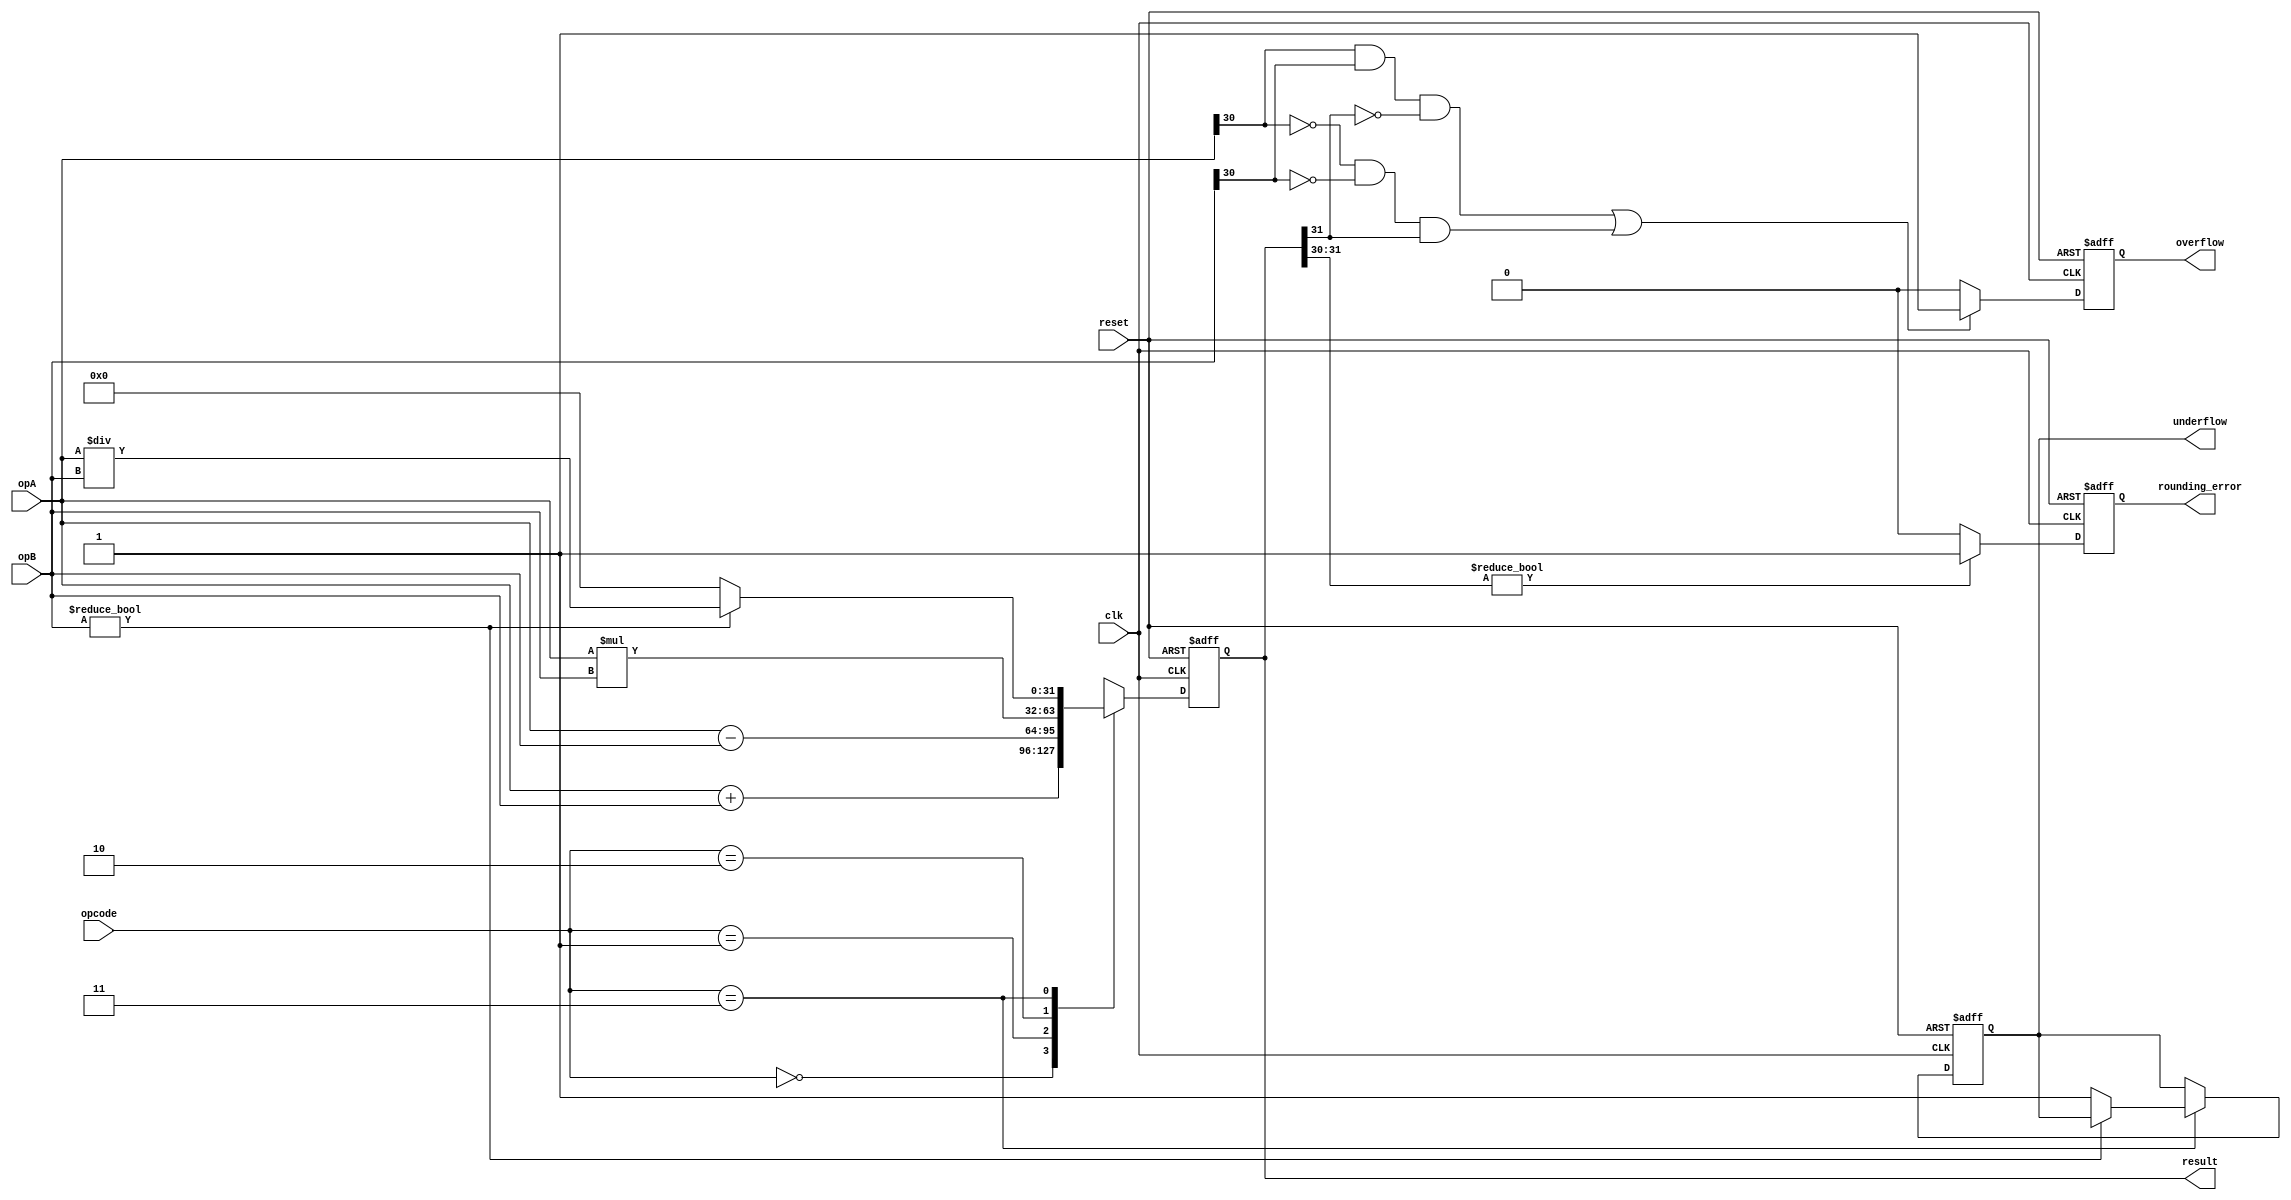
module ap_fpu(
    input wire clk,
    input wire reset,
    input wire [31:0] opA,
    input wire [31:0] opB,
    input wire [1:0] opcode,
    output wire [31:0] result,
    output reg overflow,
    output reg underflow,
    output reg rounding_error
);

reg [31:0] temp_result;

always @(posedge clk or posedge reset) begin
    if (reset) begin
        temp_result <= 32'b0;
        overflow <= 1'b0;
        underflow <= 1'b0;
        rounding_error <= 1'b0;
    end else begin
        case(opcode)
            2'b00: temp_result <= opA + opB; // Addition
            2'b01: temp_result <= opA - opB; // Subtraction
            2'b10: temp_result <= opA * opB; // Multiplication
            2'b11: begin 
                    if (opB != 0) begin
                        temp_result <= opA / opB; // Division
                    end else begin
                        temp_result <= 32'b0; // Division by zero
                        underflow <= 1'b1;
                    end
                end
        endcase
        // Check for overflow
        if ((opA[30] == 1 && opB[30] == 1 && temp_result[31] == 0) || 
            (opA[30] == 0 && opB[30] == 0 && temp_result[31] == 1)) begin
            overflow <= 1'b1;
        end else begin
            overflow <= 1'b0;
        end
        // Check for rounding error
        if (temp_result[31:30] != 2'b00) begin
            rounding_error <= 1'b1;
        end else begin
            rounding_error <= 1'b0;
        end
    end
end

assign result = temp_result;

endmodule